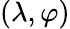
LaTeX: (\lambda,\varphi)